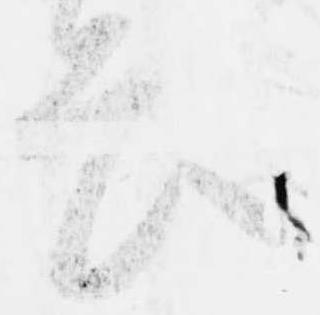
畏